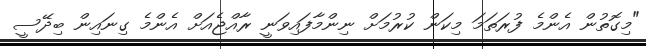
"މިގޮތުން އެންމެ ފުރަތަމަ މިކަން ކުރުމަށް ނިންމާފައިވަނީ ރާއްޖެއަށް އެންމެ ގިނައިން ބިދޭސީ